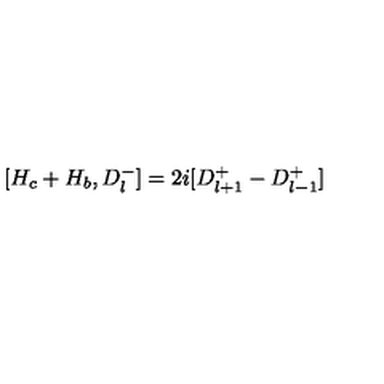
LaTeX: [ H _ { c } + H _ { b } , D _ { l } ^ { - } ] = 2 i [ D _ { l + 1 } ^ { + } - D _ { l - 1 } ^ { + } ]